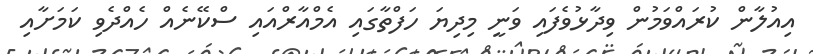
އިއުލާން ކުރައްވަމުން ވިދާޅުވެފައި ވަނީ މިދިޔަ ހަފްތާގައި އެމްއާރްއައި ސްކޭނެއް ހެއްދެވި ކަމަށާއި